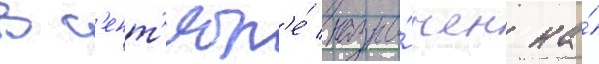
В с'ент'ябр'е́ назна́чен на́